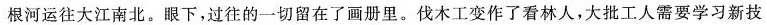
根河运往大江南北。眼下。过往的一切留在了画册里。伐木工变作了看林人，大批工人需要学习新技